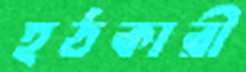
হঠকারী